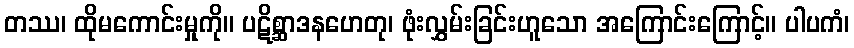
တဿ၊ ထိုမကောင်းမှုကို။ ပဋိစ္ဆာဒနဟေတု၊ ဖုံးလွှမ်းခြင်းဟူသော အကြောင်းကြောင့်။ ပါပကံ၊